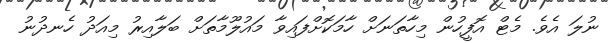
ނުލަ އެވެ. މެޓް އޮފީހުން މިހާތަނަށް ހާމަކޮށްފައިވާ މައުލޫމާތަށް ބަލާއިރު މިއަދު ހެނދުނު